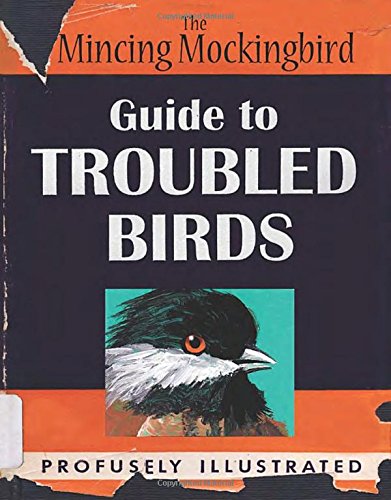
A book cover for Guide to Troubled Birds; Mockingbird The Mincing; Humor & Entertainment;